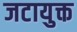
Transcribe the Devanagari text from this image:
जटायुक्त